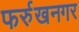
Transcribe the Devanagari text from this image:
फर्रुखनगर